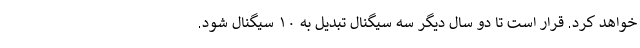
خواهد کرد. قرار است تا دو سال دیگر سه سیگنال تبدیل به ۱۰ سیگنال شود.